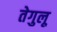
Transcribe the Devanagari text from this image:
तेगुलू